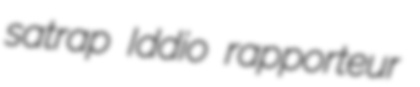
satrap Iddio rapporteur